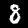
Label: 8